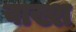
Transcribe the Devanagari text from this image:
वाख्श